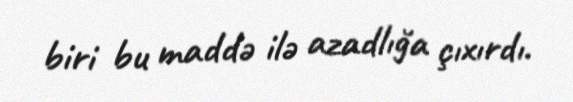
biri bu maddə ilə azadlığa çıxırdı.